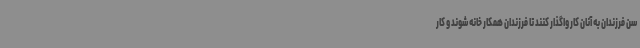
سن فرزندان به آنان کار واگذار کنند تا فرزندان همکار خانه شوند و کار